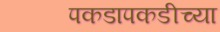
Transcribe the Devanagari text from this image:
पकडापकडीच्या